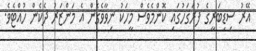
އޭރު ސިޑިބަރީގެ ފުރަގަހުގައި ކޮންމެވެސް މީހަކު ނިވާވެގެން އެ މަންޒަރު ދެކެން ހުއްޓެވެ.